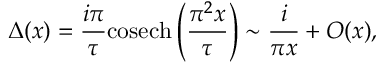
\Delta ( x ) = \frac { i \pi } { \tau } { \mathrm { c o s e c h } } \left( \frac { \pi ^ { 2 } x } { \tau } \right) \sim \frac { i } { \pi x } + O ( x ) ,